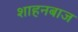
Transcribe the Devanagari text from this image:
शाहनबाज